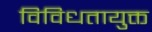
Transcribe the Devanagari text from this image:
विविधतायुक्त